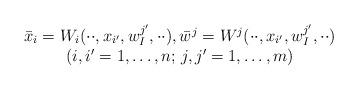
LaTeX: \begin{align*}\begin{array}{c} \bar x_i=W_i(\cdot\cdot,x_{i'},w^{j'}_I,\cdot\cdot), \bar w^j=W^j(\cdot\cdot,x_{i'},w^{j'}_I,\cdot\cdot)\\(i,i'=1,\ldots,n;\, j,j'=1,\ldots,m)\end{array} \end{align*}